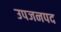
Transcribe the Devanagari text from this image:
उपजनपद